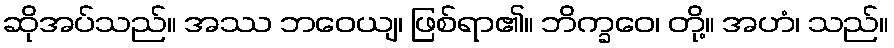
ဆိုအပ်သည်။ အဿ ဘဝေယျ၊ ဖြစ်ရာ၏။ ဘိက္ခဝေ၊ တို့။ အဟံ၊ သည်။